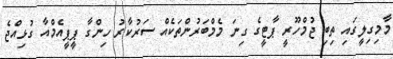
މާމިގިލީގައި ތިބި ޖުމްހޫރީ ޕާޓީގެ ގިނަ މެމްބަރުންތަކެއް ސަރުކާރު ހިންގާ ޕީޕީއެމްއާ ގުޅިއްޖެ